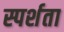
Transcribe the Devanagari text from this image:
स्पर्शता